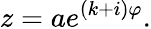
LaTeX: z=ae^{(k+i)\varphi}.